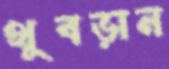
থুবড়ান